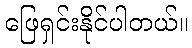
ဖြေရှင်းနိုင်ပါတယ်။